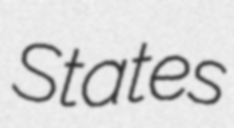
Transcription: States